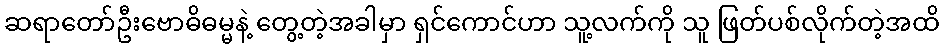
ဆရာတော်ဦးဗောဓိဓမ္မနဲ့ တွေ့တဲ့အခါမှာ ရှင်ကောင်ဟာ သူ့လက်ကို သူ ဖြတ်ပစ်လိုက်တဲ့အထိ